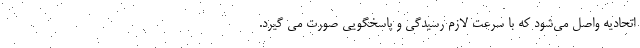
اتحادیه واصل می‌شود که با سرعت لازم رسیدگی و پاسخگویی صورت می گیرد.